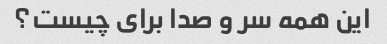
این همه سر و صدا برای چیست؟